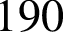
1 9 0